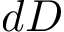
d D